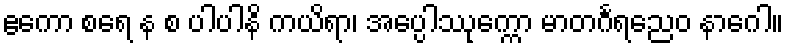
ဧကော စရေ န စ ပါပါနိ ကယိရာ၊ အပ္ပေါဿုက္ကော မာတင်္ဂရညေဝ နာဂေါ။